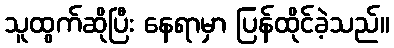
သူထွက်ဆိုပြီး နေရာမှာ ပြန်ထိုင်ခဲ့သည်။